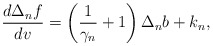
\begin{align*} \frac{d\Delta_nf}{dv}=\left(\frac{1}{\gamma_n}+1\right)\Delta_nb+k_n,\end{align*}